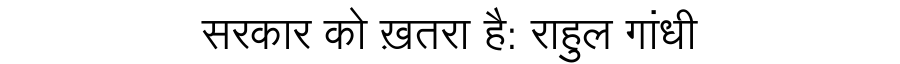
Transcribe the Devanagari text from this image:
सरकार को ख़तरा है: राहुल गांधी